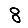
Digit: 8